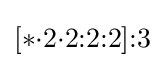
[*{\cdot }2{\cdot }2{:}2{:}2]{:}3